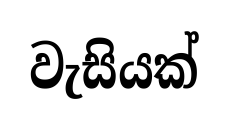
වැසියක්